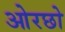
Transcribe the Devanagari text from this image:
ओरछो